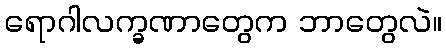
ရောဂါလက္ခဏာတွေက ဘာတွေလဲ။